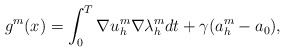
\begin{align*}{g}^m(x) = \int_{0}^T \nabla u_h^m \nabla \lambda_h^m dt + \gamma (a_h^m - a_0), \\\end{align*}